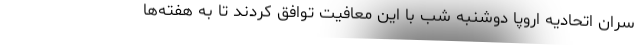
سران اتحادیه اروپا دوشنبه شب با این معافیت توافق کردند تا به هفته‌ها